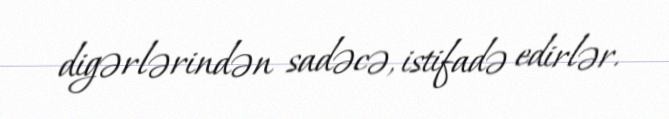
digərlərindən sadəcə, istifadə edirlər.